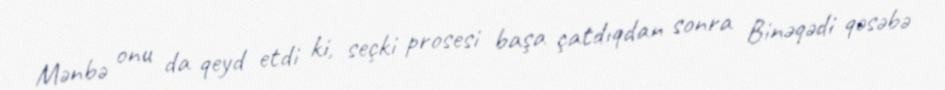
Mənbə onu da qeyd etdi ki, seçki prosesi başa çatdıqdan sonra Binəqədi qəsəbə